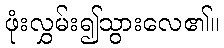
ဖုံးလွှမ်း၍သွားလေ၏။